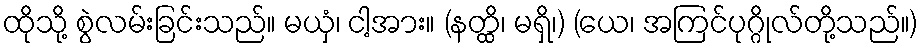
ထိုသို့ စွဲလမ်းခြင်းသည်။ မယှံ၊ ငါ့အား။ (နတ္ထိ၊ မရှိ၊) (ယေ၊ အကြင်ပုဂ္ဂိုလ်တို့သည်။)